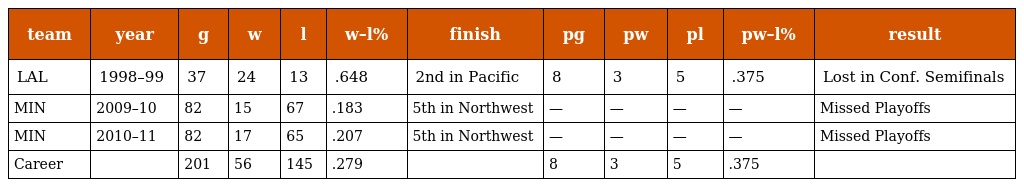
| team | year | g | w | l | w–l% | finish | pg | pw | pl | pw–l% | result |
 | --- | --- | --- | --- | --- | --- | --- | --- | --- | --- | --- | --- |
 | LAL | 1998–99 | 37 | 24 | 13 | .648 | 2nd in Pacific | 8 | 3 | 5 | .375 | Lost in Conf. Semifinals |
 | MIN | 2009–10 | 82 | 15 | 67 | .183 | 5th in Northwest | — | — | — | — | Missed Playoffs |
 | MIN | 2010–11 | 82 | 17 | 65 | .207 | 5th in Northwest | — | — | — | — | Missed Playoffs |
 | Career |  | 201 | 56 | 145 | .279 |  | 8 | 3 | 5 | .375 |  |